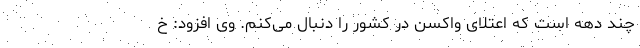
چند دهه است که اعتلای واکسن در کشور را دنبال می‌‌کنم. وی افزود: خ